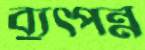
ব্যুৎপন্ন